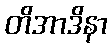
တိအာဒိနာ